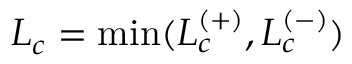
L _ { c } = \operatorname* { m i n } ( L _ { c } ^ { ( + ) } , L _ { c } ^ { ( - ) } )